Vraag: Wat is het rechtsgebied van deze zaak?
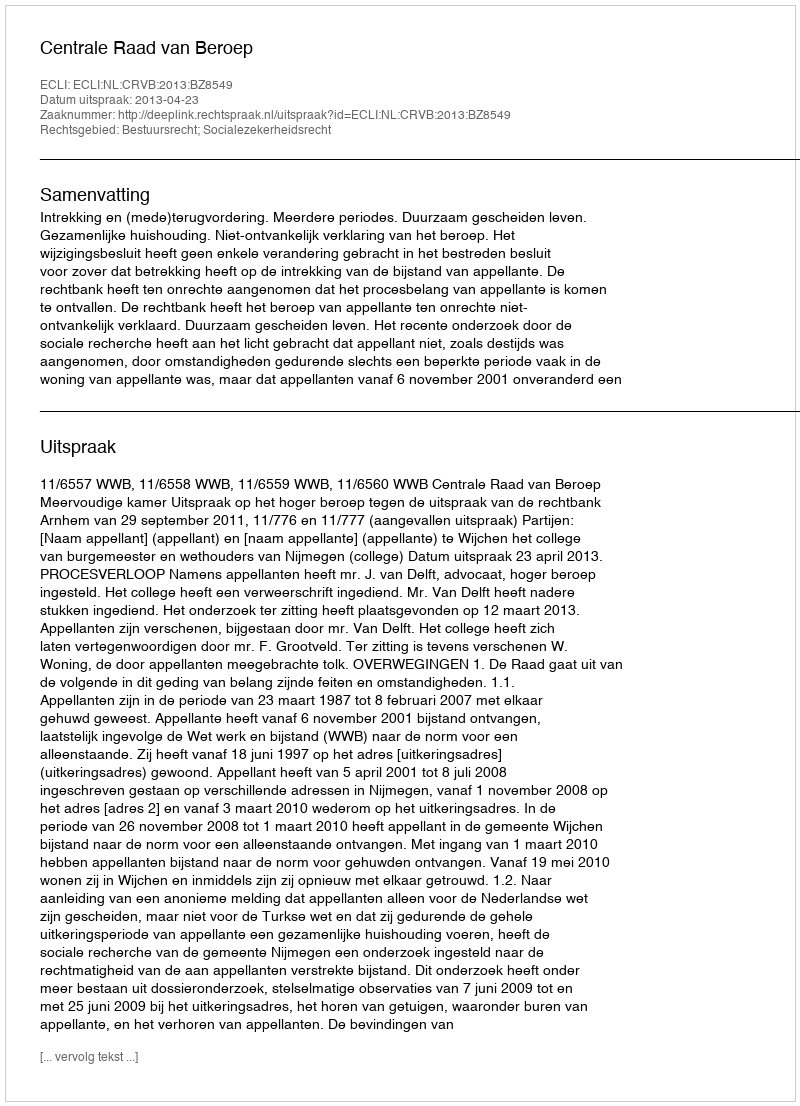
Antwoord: Bestuursrecht; Socialezekerheidsrecht